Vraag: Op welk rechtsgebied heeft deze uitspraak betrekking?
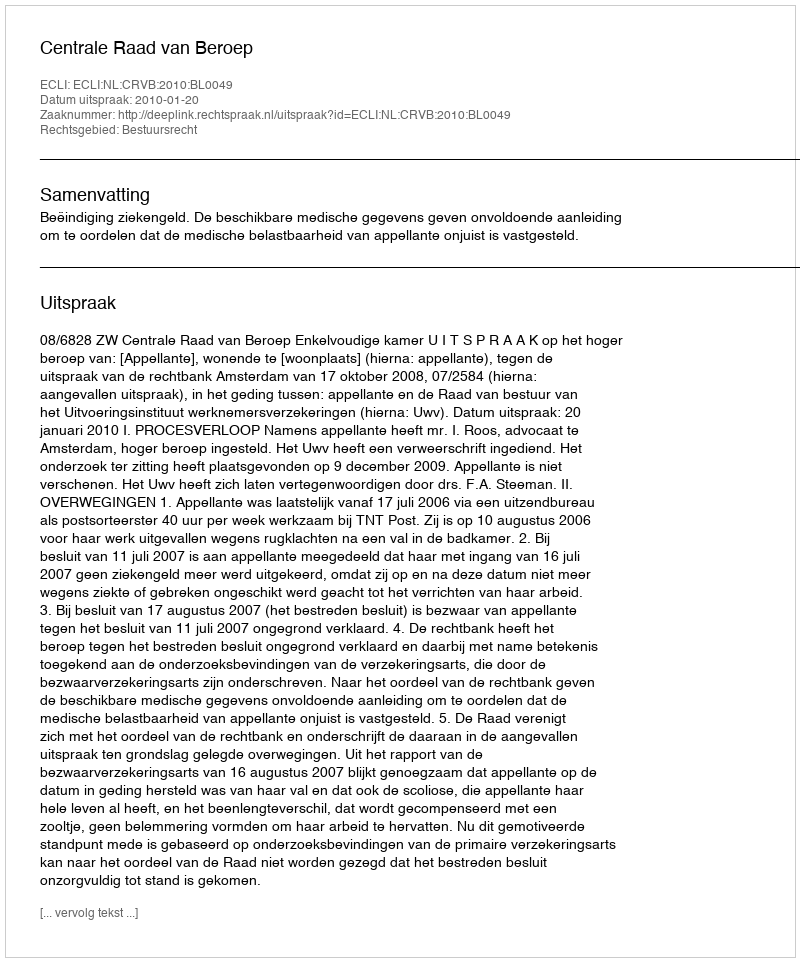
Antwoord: Bestuursrecht